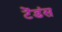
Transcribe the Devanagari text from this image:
टेंडंस